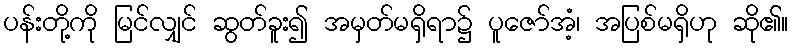
ပန်းတို့ကို မြင်လျှင် ဆွတ်ခူး၍ အမှတ်မရှိရာ၌ ပူဇော်အံ့၊ အပြစ်မရှိဟု ဆို၏။